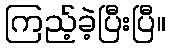
ကြည့်ခဲ့ပြီးပြီ။